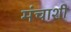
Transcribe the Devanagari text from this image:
मंचाशी